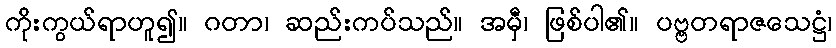
ကိုးကွယ်ရာဟူ၍။ ဂတာ၊ ဆည်းကပ်သည်။ အမှီ၊ ဖြစ်ပါ၏။ ပဗ္ဗတရာဇသေဋ္ဌံ၊